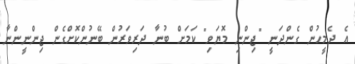
އެ ދެމީހުން ގެންދަނީ "ޖިންނި މޮޔަވި" ކަމަށް ބުނާ ދަރިވަރުން ބޭނުންކޮށްގެން ޖިންނީންނާ